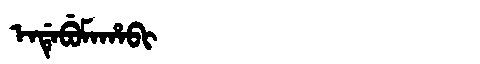
Manchu: ᡝᠨᡩᡝᠪᡠᠮᠠᡥᠠᠪᡳ
Romanization: ENDEBUMAHABI